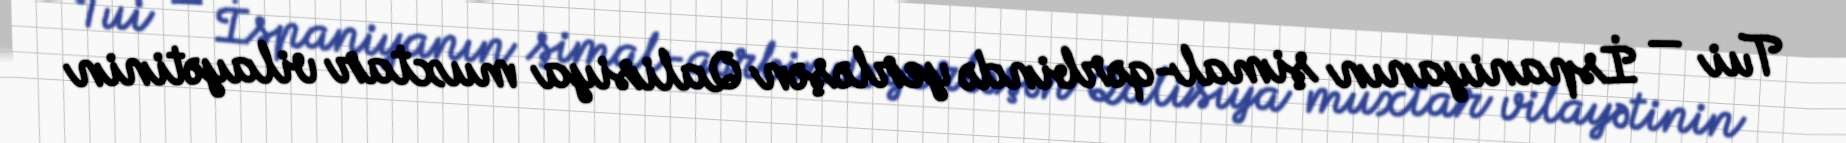
Tui — İspaniyanın şimal-qərbində yerləşən Qalisiya muxtar vilayətinin